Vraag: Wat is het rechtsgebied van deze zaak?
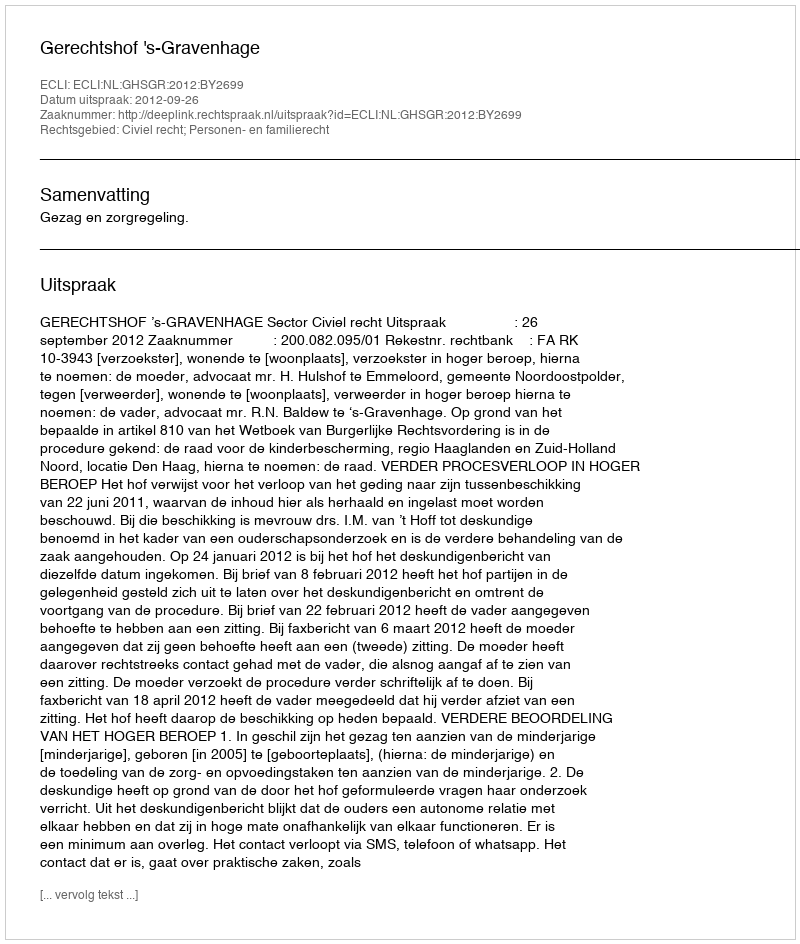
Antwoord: Civiel recht; Personen- en familierecht